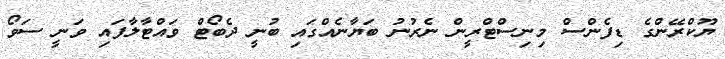
ޔޫކްރޭންގެ ޑިފެންސް މިނިސްޓްރީން ނެރުނު ބަޔާނެއްގައި ބުނީ ދެބޯޓް ވައްޓާލާފައި ވަނީ ސަވޯ